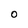
Character: 0